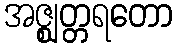
အဇ္ဈတ္တရတော